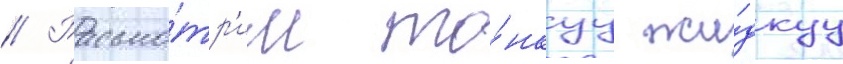
// Рассмо́тр'им то́нкуу жи́дкуу